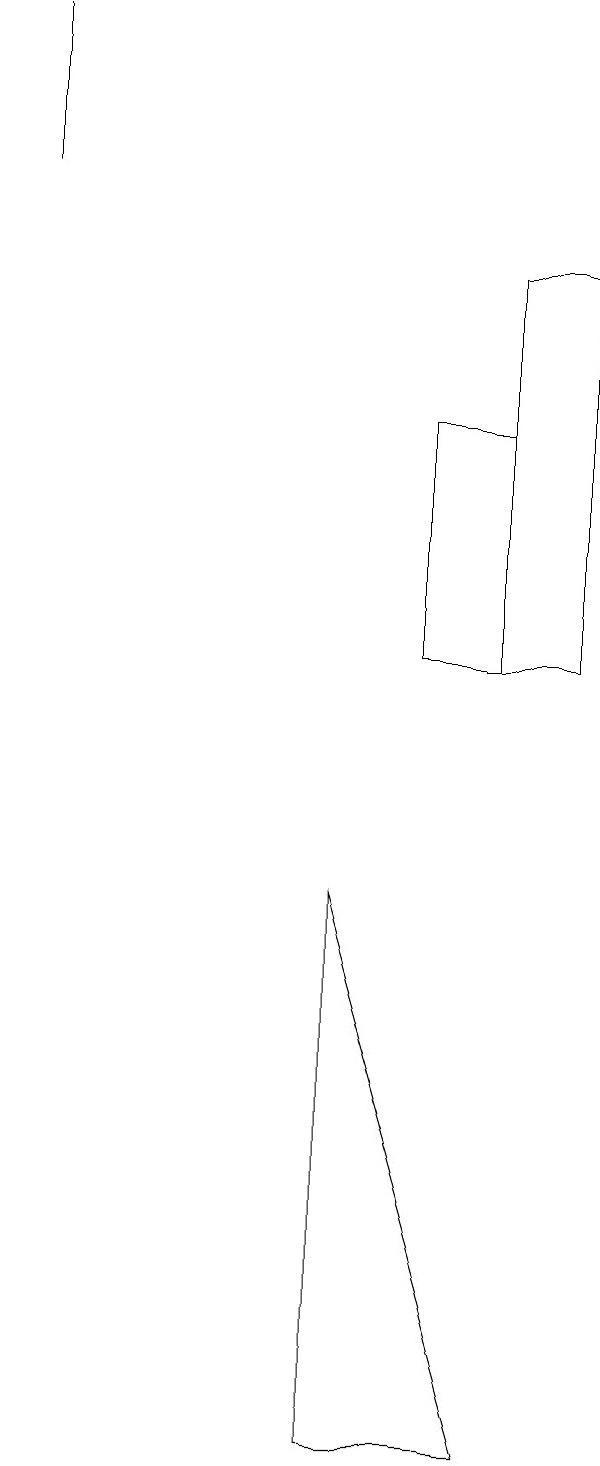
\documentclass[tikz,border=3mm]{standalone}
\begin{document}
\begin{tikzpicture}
\draw (1,19) rectangle (1,17);
\draw (7,1) -- (5,8) -- (5,1) -- cycle;
\draw (7,11) rectangle (6,14);
\draw (8,16) rectangle (7,11);
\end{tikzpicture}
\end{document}